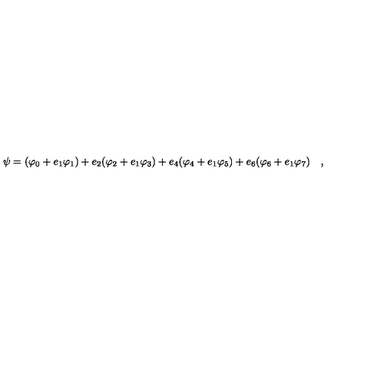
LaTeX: \psi = ( \varphi _ { 0 } + e _ { 1 } \varphi _ { 1 } ) + e _ { 2 } ( \varphi _ { 2 } + e _ { 1 } \varphi _ { 3 } ) + e _ { 4 } ( \varphi _ { 4 } + e _ { 1 } \varphi _ { 5 } ) + e _ { 6 } ( \varphi _ { 6 } + e _ { 1 } \varphi _ { 7 } ) \quad ,